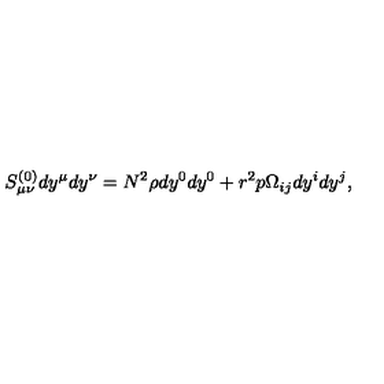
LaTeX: S _ { \mu \nu } ^ { ( 0 ) } d y ^ { \mu } d y ^ { \nu } = N ^ { 2 } \rho d y ^ { 0 } d y ^ { 0 } + r ^ { 2 } p \Omega _ { i j } d y ^ { i } d y ^ { j } ,